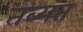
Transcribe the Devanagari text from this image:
तब्यत